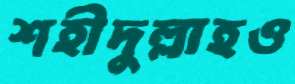
শহীদুল্লাহও